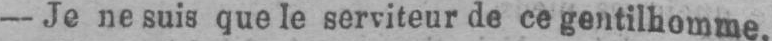
- Je ne suis que le serviteur de ce gentilhomme